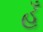
હૂઁ